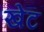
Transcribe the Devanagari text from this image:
खेट